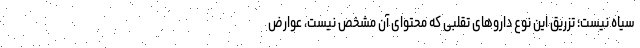
سیاه نیست؛ تزریق این نوع داروهای تقلبی که محتوای آن مشخص نیست، عوارض